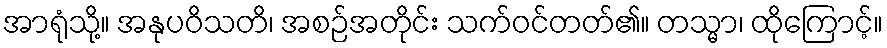
အာရုံသို့။ အနုပဝိသတိ၊ အစဉ်အတိုင်း သက်ဝင်တတ်၏။ တသ္မာ၊ ထိုကြောင့်။